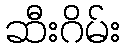
ဆီးဂိမ်း